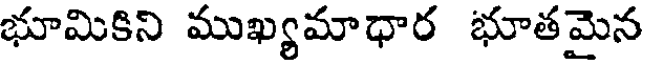
భూమికిని ముఖ్యమాధార భూతమైన